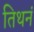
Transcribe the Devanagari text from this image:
तिथनं